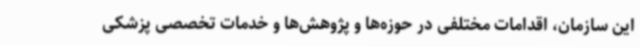
این سازمان، اقدامات مختلفی در حوزه‌ها و پژوهش‌ها و خدمات تخصصی پزشکی